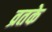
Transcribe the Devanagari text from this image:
व्रतके